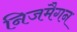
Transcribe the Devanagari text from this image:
निजमैगन